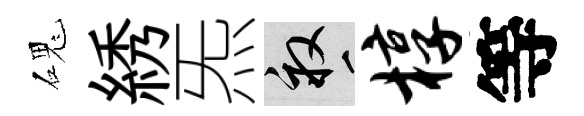
磈綉炁畝椁等